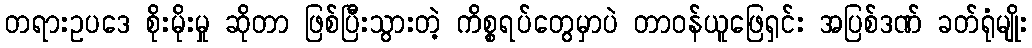
တရားဥပဒေ စိုးမိုးမှု ဆိုတာ ဖြစ်ပြီးသွားတဲ့ ကိစ္စရပ်တွေမှာပဲ တာဝန်ယူဖြေရှင်း အပြစ်ဒဏ် ခတ်ရုံမျိုး